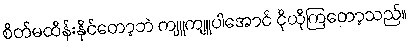
စိတ်မထိန်းနိုင်တော့ဘဲ ကျူကျူပါအောင် ငိုယိုကြတော့သည်။